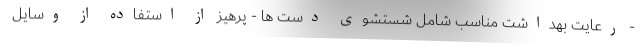
- رعایت بهداشت مناسب شامل شستشوی دست ها - پرهیز از استفاده از وسایل